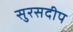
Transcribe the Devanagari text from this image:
सुरसदीप